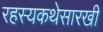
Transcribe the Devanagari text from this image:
रहस्यकथेसारखी